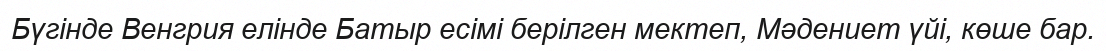
Бүгінде Венгрия елінде Батыр есімі берілген мектеп, Мәдениет үйі, көше бар.